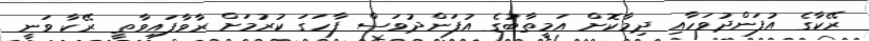
ރޭކާގެ އުފަންދުވަހާއި ދިމާކޮށް އަމީތާބުގެ އުފަންދުވަސް ފާހަގަ ކުރުމަށް ރާވާފައިވާތީ ރޭކާ ވަނީ